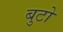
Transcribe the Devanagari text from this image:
बुटो